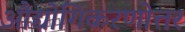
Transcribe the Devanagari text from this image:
औद्योगिकरणोत्तर